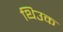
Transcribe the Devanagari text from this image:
थिउक